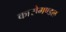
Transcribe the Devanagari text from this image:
कारोमण्डल